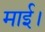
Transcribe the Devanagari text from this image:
माई।